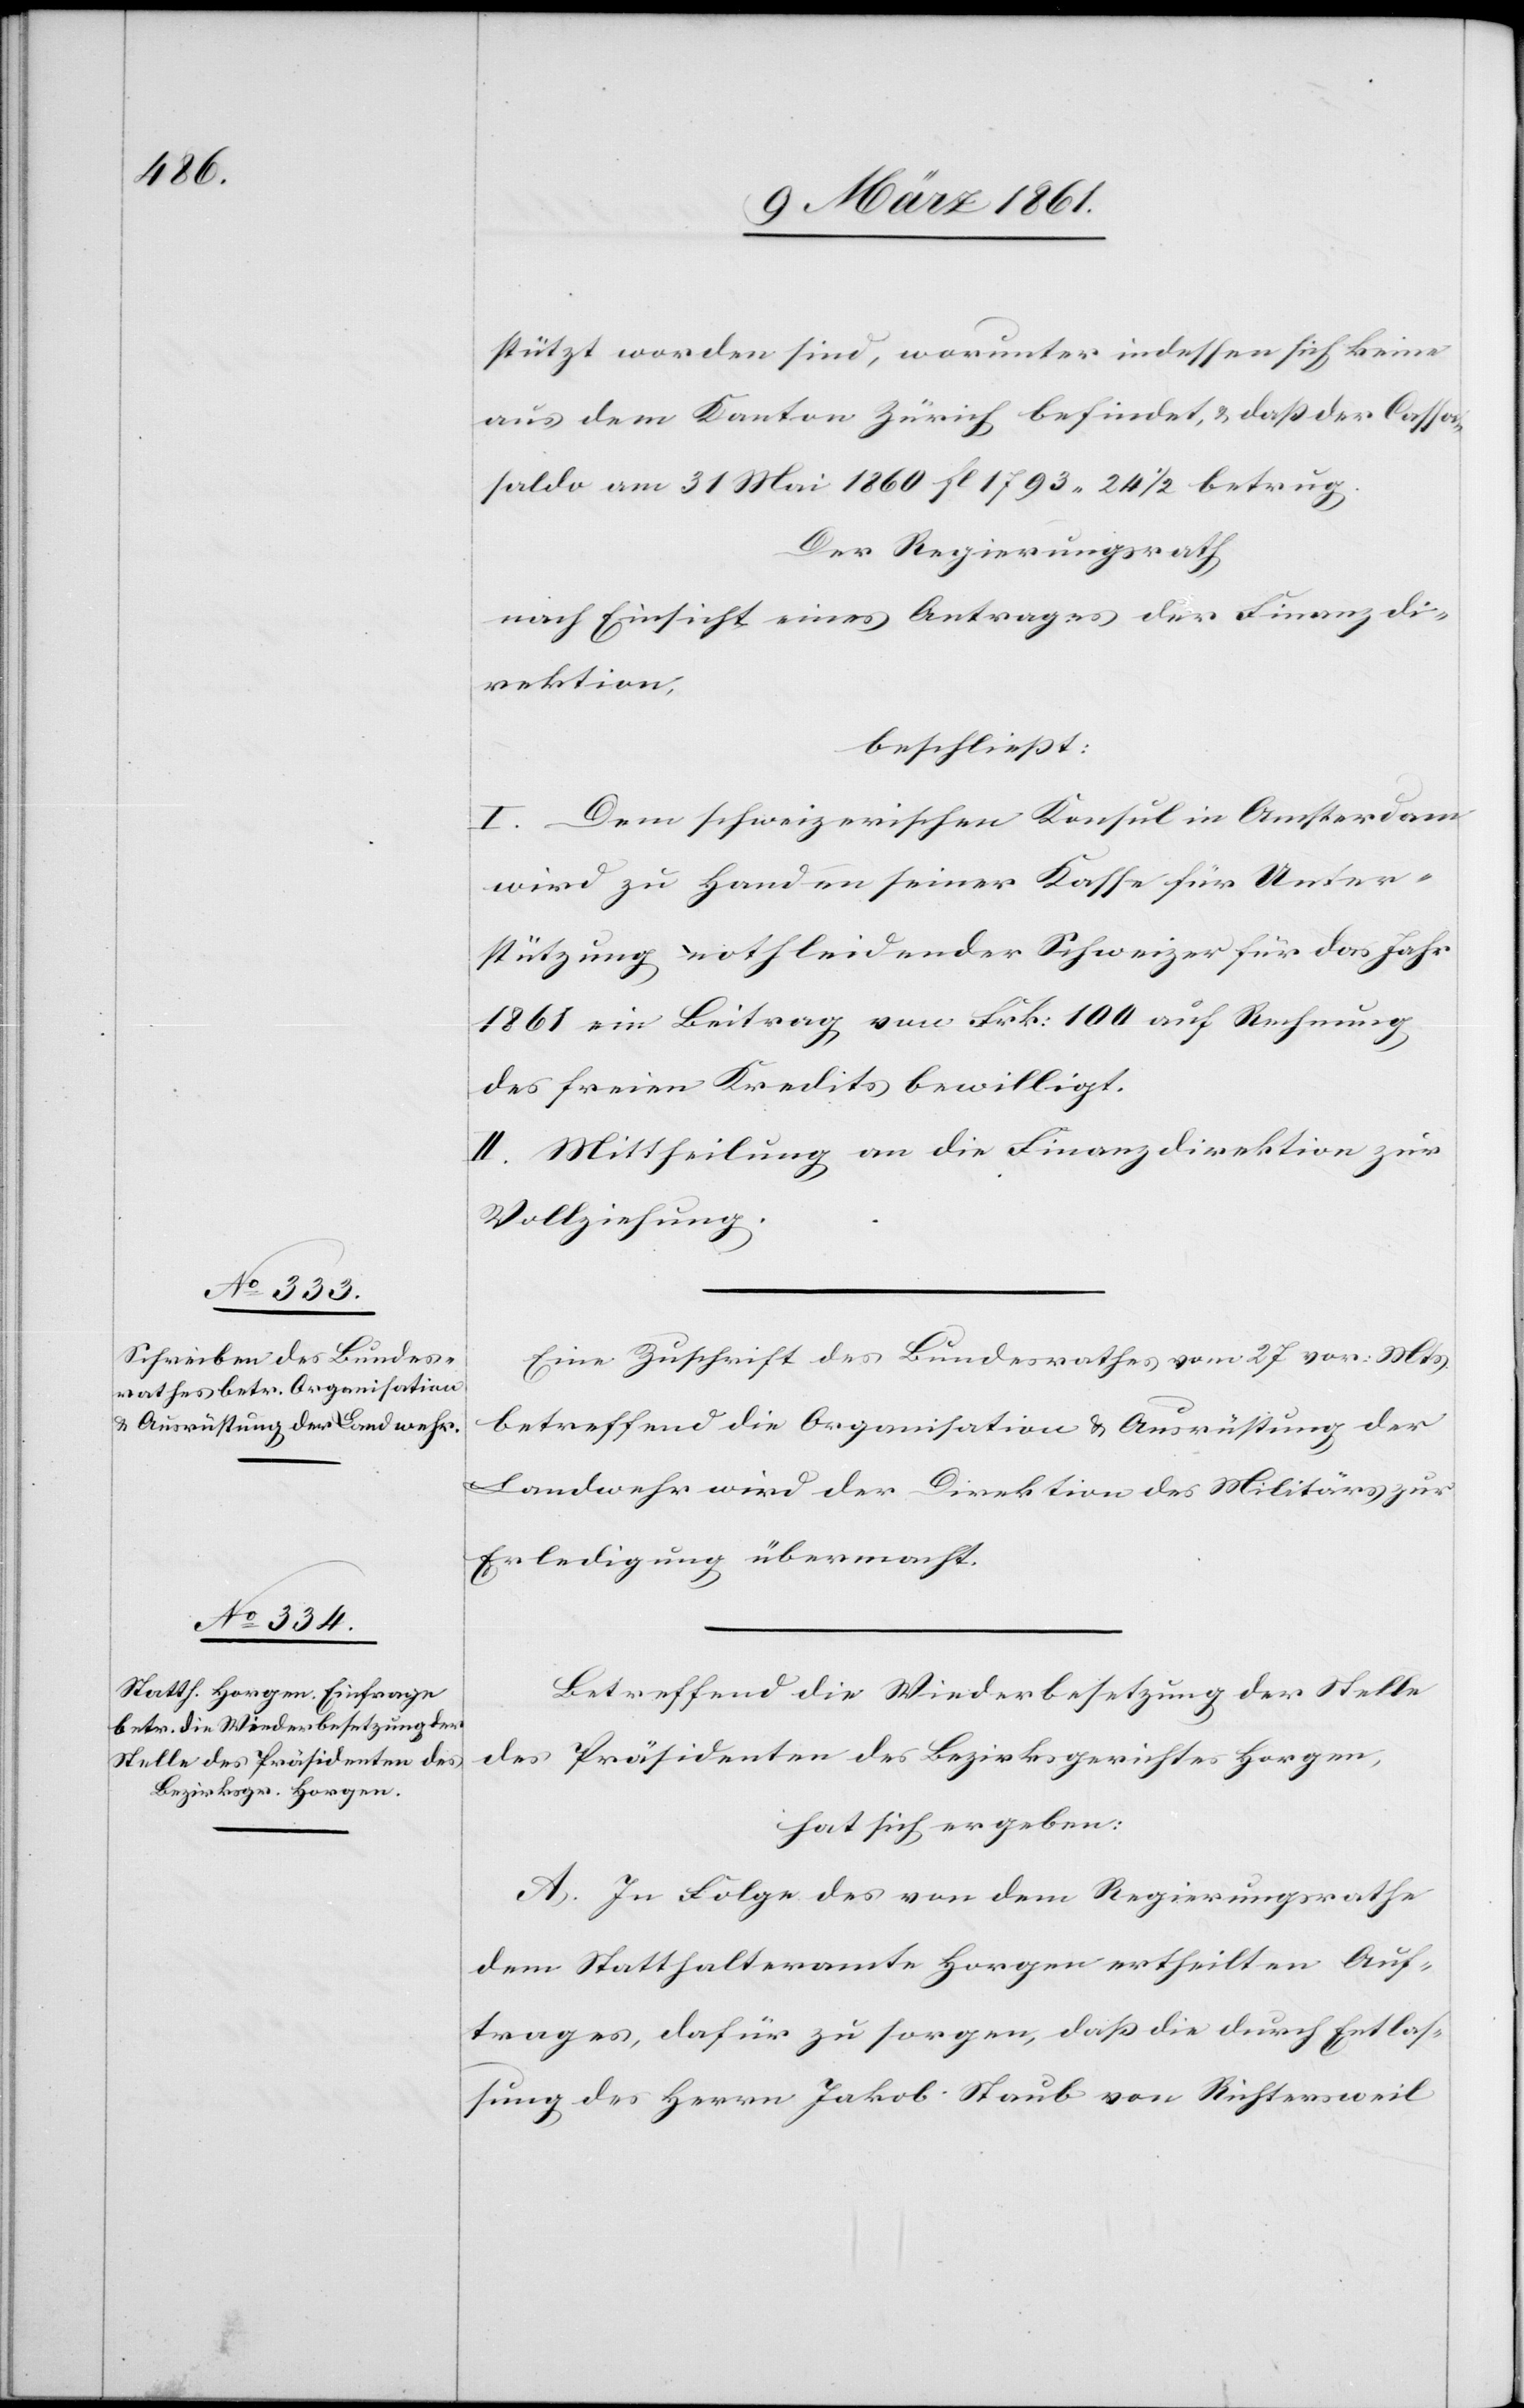
stützt worden sind, worunter indessen sich keine
aus dem Kanton Zürich befindet, u. dass der Cassa¬
saldo am 31. Mai 1860 fl 1793 24 1/2 betrug.
Der Regierungsrath
nach Einsicht eines Antrages der Finanzdi¬
rektion,
beschliesst:
I. Dem schweizerischen Konsul in Amsterdam
wird zu Handen seiner Kasse für Unter¬
stützung nothleidender Schweizer für das Jahr
1861 ein Beitrag von Frk. 100 auf Rechnung
des freien Kredits bewilligt.
II. Mittheilung an die Finanzdirektion zur
Vollziehung.
Eine Zuschrift des Bundesrathes vom 27. vor. Mts.
betreffend die Organisation u. Ausrüstung der
Landwehr wird der Direktion des Militärs zur
Erledigung übermacht.
Betreffend die Wiederbesetzung der Stelle
des Präsidenten des Bezirksgerichtes Horgen,
hat sich ergeben:
A. In Folge des von dem Regierungsrathe
dem Statthalteramte Horgen ertheilten Auf¬
trages, dafür zu sorgen, dass die durch Entlas¬
sung des Herrn Jakob Staub von Richtersweil